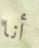
أنا